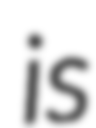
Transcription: is